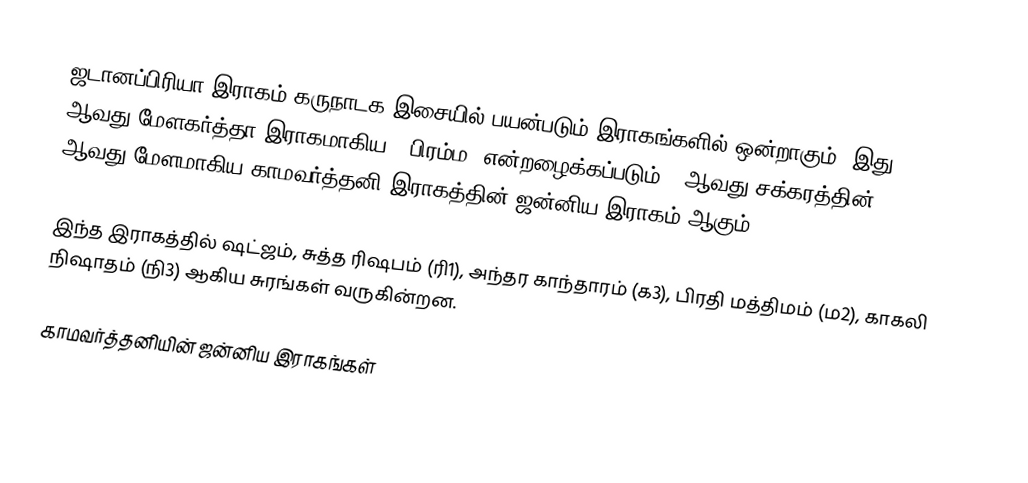
ஜடானப்பிரியா இராகம் கருநாடக இசையில் பயன்படும் இராகங்களில் ஒன்றாகும். இது 51 ஆவது மேளகர்த்தா இராகமாகிய, "பிரம்ம" என்றழைக்கப்படும் 9 ஆவது சக்கரத்தின் 3 ஆவது மேளமாகிய காமவர்த்தனி இராகத்தின் ஜன்னிய இராகம் ஆகும்.

இந்த இராகத்தில் ஷட்ஜம், சுத்த ரிஷபம் (ரி1),  அந்தர காந்தாரம் (க3), பிரதி மத்திமம் (ம2), காகலி நிஷாதம்  (நி3) ஆகிய சுரங்கள் வருகின்றன.

காமவர்த்தனியின் ஜன்னிய இராகங்கள்